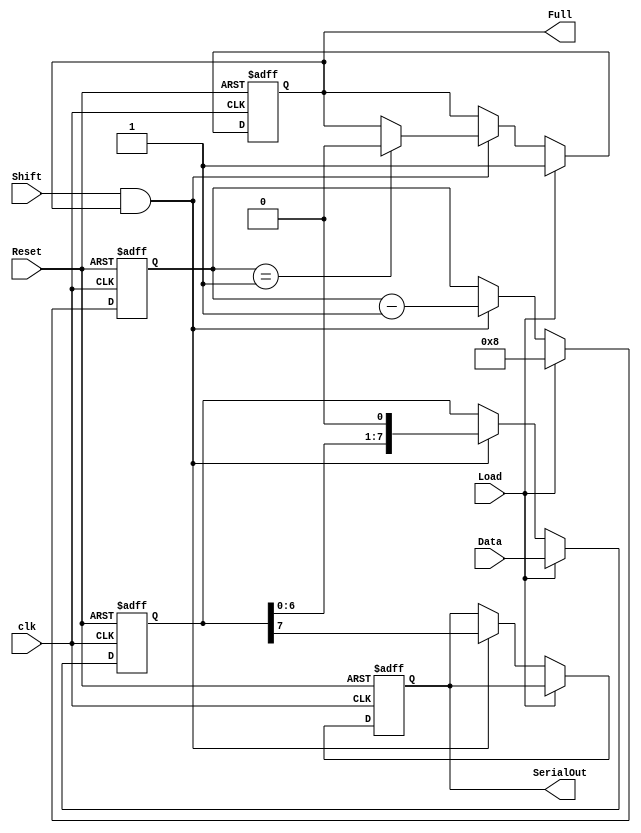
module LoadablePISO #(
    parameter WIDTH = 8  // Parameter to define the width of the register
) (
    input wire Load,            // Control signal to load data
    input wire [WIDTH-1:0] Data, // Parallel data input
    input wire Shift,           // Control signal to shift data out
    input wire clk,             // Clock signal
    input wire Reset,           // Asynchronous reset
    output reg SerialOut,       // Serial output
    output reg Full             // Indicator when the register is full
);

    reg [WIDTH-1:0] register; // Internal storage for the data
    reg [3:0] bit_count;       // Counter to track the number of bits shifted out

    always @(posedge clk or posedge Reset) begin
        if (Reset) begin
            register <= 0;        // Clear the register on reset
            SerialOut <= 0;       // Clear the serial output
            Full <= 0;            // Reset the Full flag
            bit_count <= 0;       // Reset the bit counter
        end else begin
            if (Load) begin
                register <= Data;  // Load parallel data into the register
                Full <= 1;         // Indicate that the register is full
                bit_count <= WIDTH; // Set the bit count to the register width
            end else if (Shift && Full) begin
                SerialOut <= register[WIDTH-1]; // Shift MSB out
                register <= {register[WIDTH-2:0], 1'b0}; // Shift left
                bit_count <= bit_count - 1; // Decrement the counter
                if (bit_count == 1) begin
                    Full <= 0; // Reset Full when last bit is shifted
                end
            end
        end
    end

endmodule